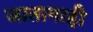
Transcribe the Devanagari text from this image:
जातानाही